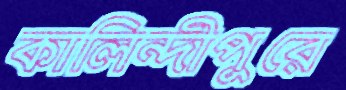
কালিন্দীপুরে